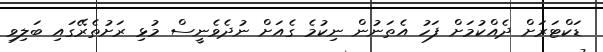
ޑަކްޓަރަށް ދެއްކުމަށް ފަހު އެތަނުން ނިކުމެ ގެއަށް ނުދެވެނީސް މުޅި ރަށުތެރޭގައި ބަލިވި